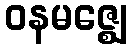
ဝနမဇ္ဈေ